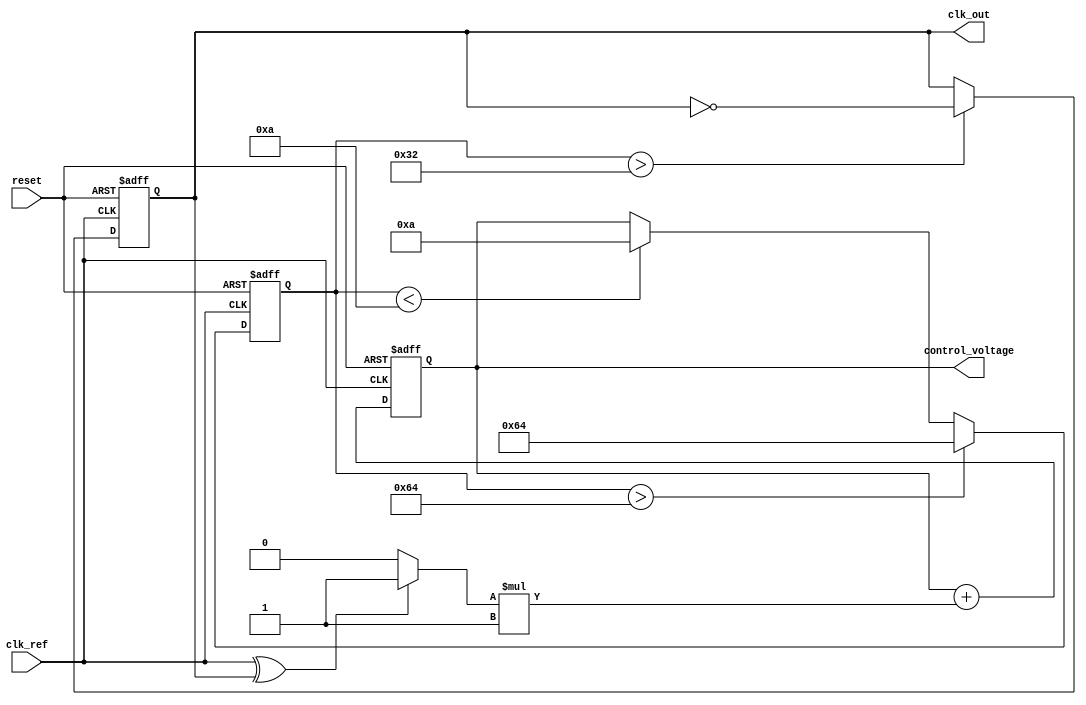
module continuous_time_pll (
    input wire clk_ref,            // Reference clock input
    input wire reset,              // Asynchronous reset
    output wire clk_out,           // Output clock
    output wire [7:0] control_voltage // Control voltage for VCO (for simulation purposes)
);

    // Parameters
    parameter VCO_MAX_FREQ = 100; // Maximum frequency of VCO
    parameter VCO_MIN_FREQ = 10;   // Minimum frequency of VCO
    parameter K_PD = 1;            // Gain of Phase Detector
    parameter K_LF = 1;            // Gain of Loop Filter

    // Internal signals
    wire phase_error;              // Phase error signal from PD
    reg [7:0] vco_control;         // Control signal for VCO
    reg clk_vco;                   // VCO output clock
    reg [7:0] loop_filter_output;  // Output from the loop filter

    // Phase Detector (PD)
    assign phase_error = (clk_ref ^ clk_vco) ? K_PD : 0; // Simple XOR phase detector

    // Loop Filter (LF) - Simple first-order filter
    always @(posedge clk_ref or posedge reset) begin
        if (reset) begin
            loop_filter_output <= 0;
        end else begin
            loop_filter_output <= loop_filter_output + (phase_error * K_LF);
        end
    end

    // Voltage-Controlled Oscillator (VCO)
    always @(posedge clk_ref or posedge reset) begin
        if (reset) begin
            vco_control <= 0;
            clk_vco <= 0;
        end else begin
            // Adjust VCO frequency based on control voltage
            vco_control <= loop_filter_output;
            if (vco_control > VCO_MAX_FREQ) begin
                vco_control <= VCO_MAX_FREQ;
            end else if (vco_control < VCO_MIN_FREQ) begin
                vco_control <= VCO_MIN_FREQ;
            end
            // Generate VCO clock output based on control voltage
            clk_vco <= (vco_control > 50) ? ~clk_vco : clk_vco; // Simple toggle based on control voltage
        end
    end

    // Output clock
    assign clk_out = clk_vco;

    // Control voltage output for monitoring
    assign control_voltage = loop_filter_output;

endmodule